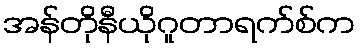
အန်တိုနီယိုဂူတာရက်စ်က